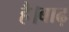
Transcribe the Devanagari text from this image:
है।बाढ़